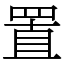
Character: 置